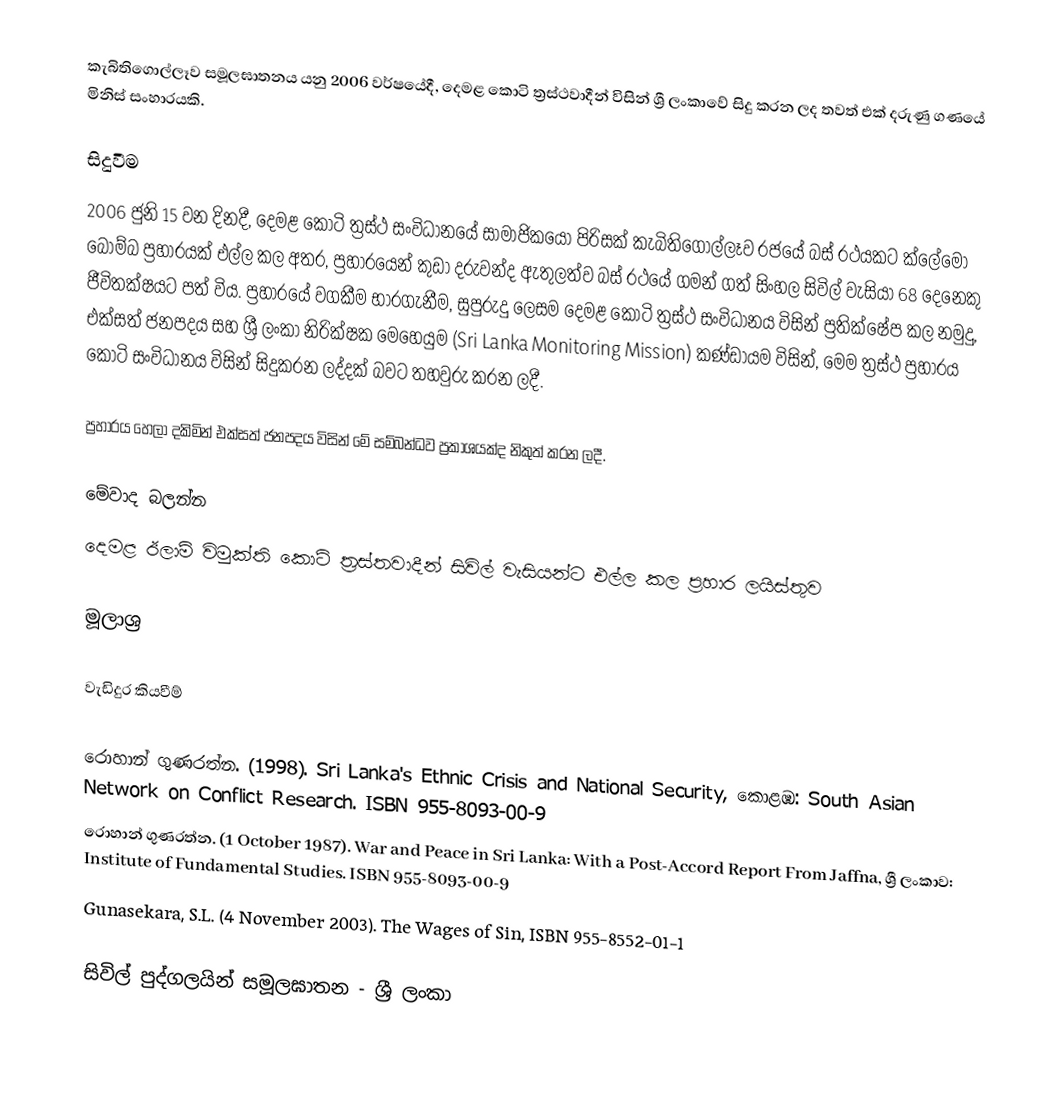
කැබිතිගොල්ලෑව සමූලඝාතනය යනු 2006 වර්ෂයේදී, දෙමළ කොටි ත්‍රස්ථවාදීන් විසින් ශ්‍රී ලංකාවේ සිදු කරන ලද තවත් එක් දරුණු ගණයේ මිනිස් සංහාරයකි.

සිදුවීම
2006 ජුනි 15 වන දිනදී, දෙමළ කොටි ත්‍රස්ථ සංවිධානයේ සාමාජිකයෝ පිරිසක් කැබිතිගොල්ලෑව රජයේ බස් රථයකට ක්ලේමෝ බෝම්බ ප්‍රහාරයක් එල්ල කල අතර, ප්‍රහාරයෙන් කුඩා දරුවන්ද ඇතුලත්ව බස් රථයේ ගමන් ගත් සිංහල සිවිල් වැසියා් 68 දෙනෙකු ජීවිතක්ෂයට පත් විය. ප්‍රහාරයේ වගකීම භාරගැනීම, සුපුරුදු ලෙසම දෙමළ කොටි ත්‍රස්ථ සංවිධානය විසින් ප්‍රතික්ෂේප කල නමුදු, එක්සත් ජනපදය සහ ශ්‍රී ලංකා නිරික්ෂක මෙහෙයුම (Sri Lanka Monitoring Mission) කණ්ඩායම විසින්, මෙම ත්‍රස්ථ ප්‍රහාරය කොටි සංවිධානය විසින් සිදුකරන ලද්දක් බවට තහවුරු කරන ලදී.

ප්‍රහාරය හෙලා දකිමින් එක්සත් ජනපදය විසින් මේ සම්බන්ධව ප්‍රකාශයක්ද නිකුත් කරන ලදී.

මේවාද බලන්න
 දෙමළ ඊලාම් විමුක්ති කොටි ත්‍රස්තවාදීන් සිවිල් වැසියන්ට එල්ල කල ප්‍රහාර ලයිස්තුව

මූලාශ්‍ර

වැඩිදුර කියවීම්

 රොහාන් ගුණරත්න. (1998). Sri Lanka's Ethnic Crisis and National Security, කොළඹ: South Asian Network on Conflict Research. ISBN 955-8093-00-9
 රොහාන් ගුණරත්න. (1 October 1987). War and Peace in Sri Lanka: With a Post-Accord Report From Jaffna, ශ්‍රී ලංකාව: Institute of Fundamental Studies. ISBN 955-8093-00-9
 Gunasekara, S.L. (4 November 2003). The Wages of Sin, ISBN 955-8552-01-1

සිවිල් පුද්ගලයින් සමූලඝාතන - ශ්‍රී ලංකා